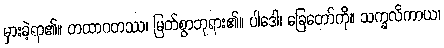
မှားခဲ့ရာ၏။ တထာဂတဿ၊ မြတ်စွာဘုရား၏။ ပါဒေါ၊ ခြေတော်ကို။ သက္ခလိကာယ၊